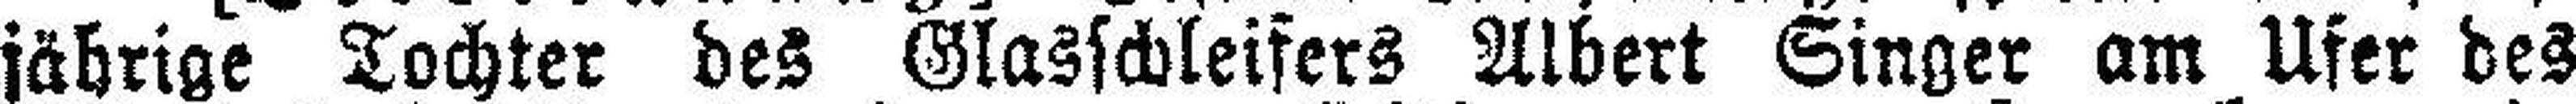
jährige Tochter des Glasschleifers Albert Singer am Ufer des